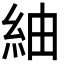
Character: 紬